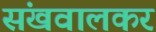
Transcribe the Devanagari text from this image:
संखवालकर